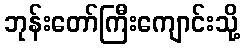
ဘုန်းတော်ကြီးကျောင်းသို့